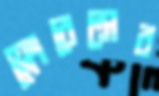
ফ্লোরেন্সের